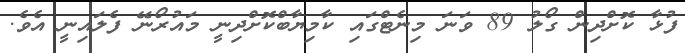
ފުޅާ ކޮށްދިން ގޯލު 89 ވަނަ މިނެޓްގައި ކާމިޔާބްކޮށްދިނީ މައުރޯނޭ ފެލައިނީ އެވެ.